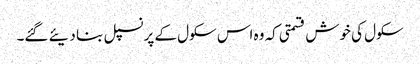
سکول کی خوش قسمتی کہ وہ اس سکول کے پرنسپل بنا دیئے گئے۔